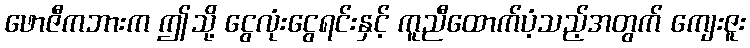
ဖောဇီကဘားက ဤသို့ ငွေလုံးငွေရင်းနှင့် ကူညီထောက်ပံ့သည့်အတွက် ကျေးဇူး